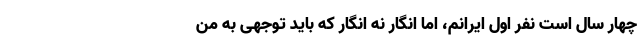
چهار سال است نفر اول ایرانم، اما انگار نه انگار که باید توجهی به من